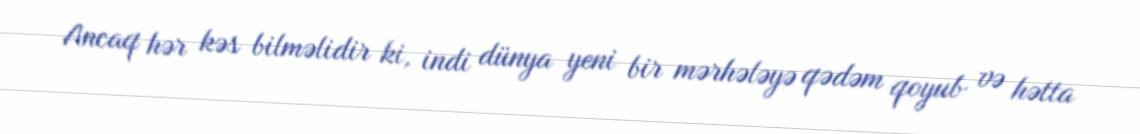
Ancaq hər kəs bilməlidir ki, indi dünya yeni bir mərhələyə qədəm qoyub və hətta